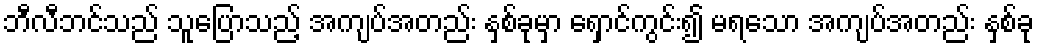
ဘီလီဘင်သည် သူပြောသည့် အကျပ်အတည်း နှစ်ခုမှာ ရှောင်ကွင်း၍ မရသော အကျပ်အတည်း နှစ်ခု